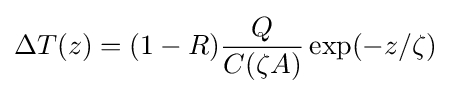
\Delta T(z)=(1-R){\frac {Q}{C(\zeta A)}}\exp(-z/\zeta )